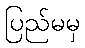
ပြည်မမှ